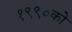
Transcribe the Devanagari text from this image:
१९९०को